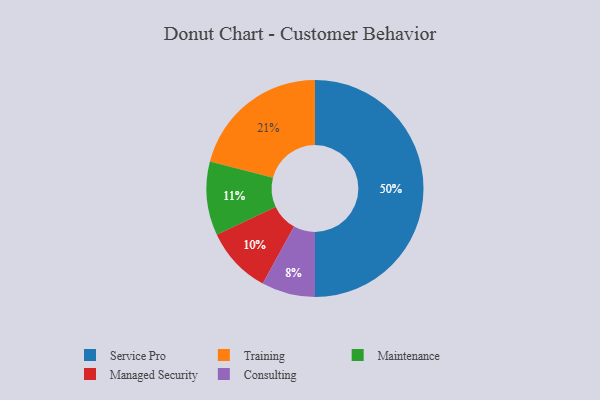
{"axis": {"x": "Category", "y": "Percentage"}, "legend": ["Consulting", "Maintenance", "Managed Security", "Service Pro", "Training"], "data": [{"x": "Service Pro", "y": 50, "type": "Service Pro"}, {"x": "Managed Security", "y": 10, "type": "Managed Security"}, {"x": "Consulting", "y": 8, "type": "Consulting"}, {"x": "Maintenance", "y": 11, "type": "Maintenance"}, {"x": "Training", "y": 21, "type": "Training"}]}